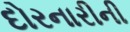
દોરનારીની